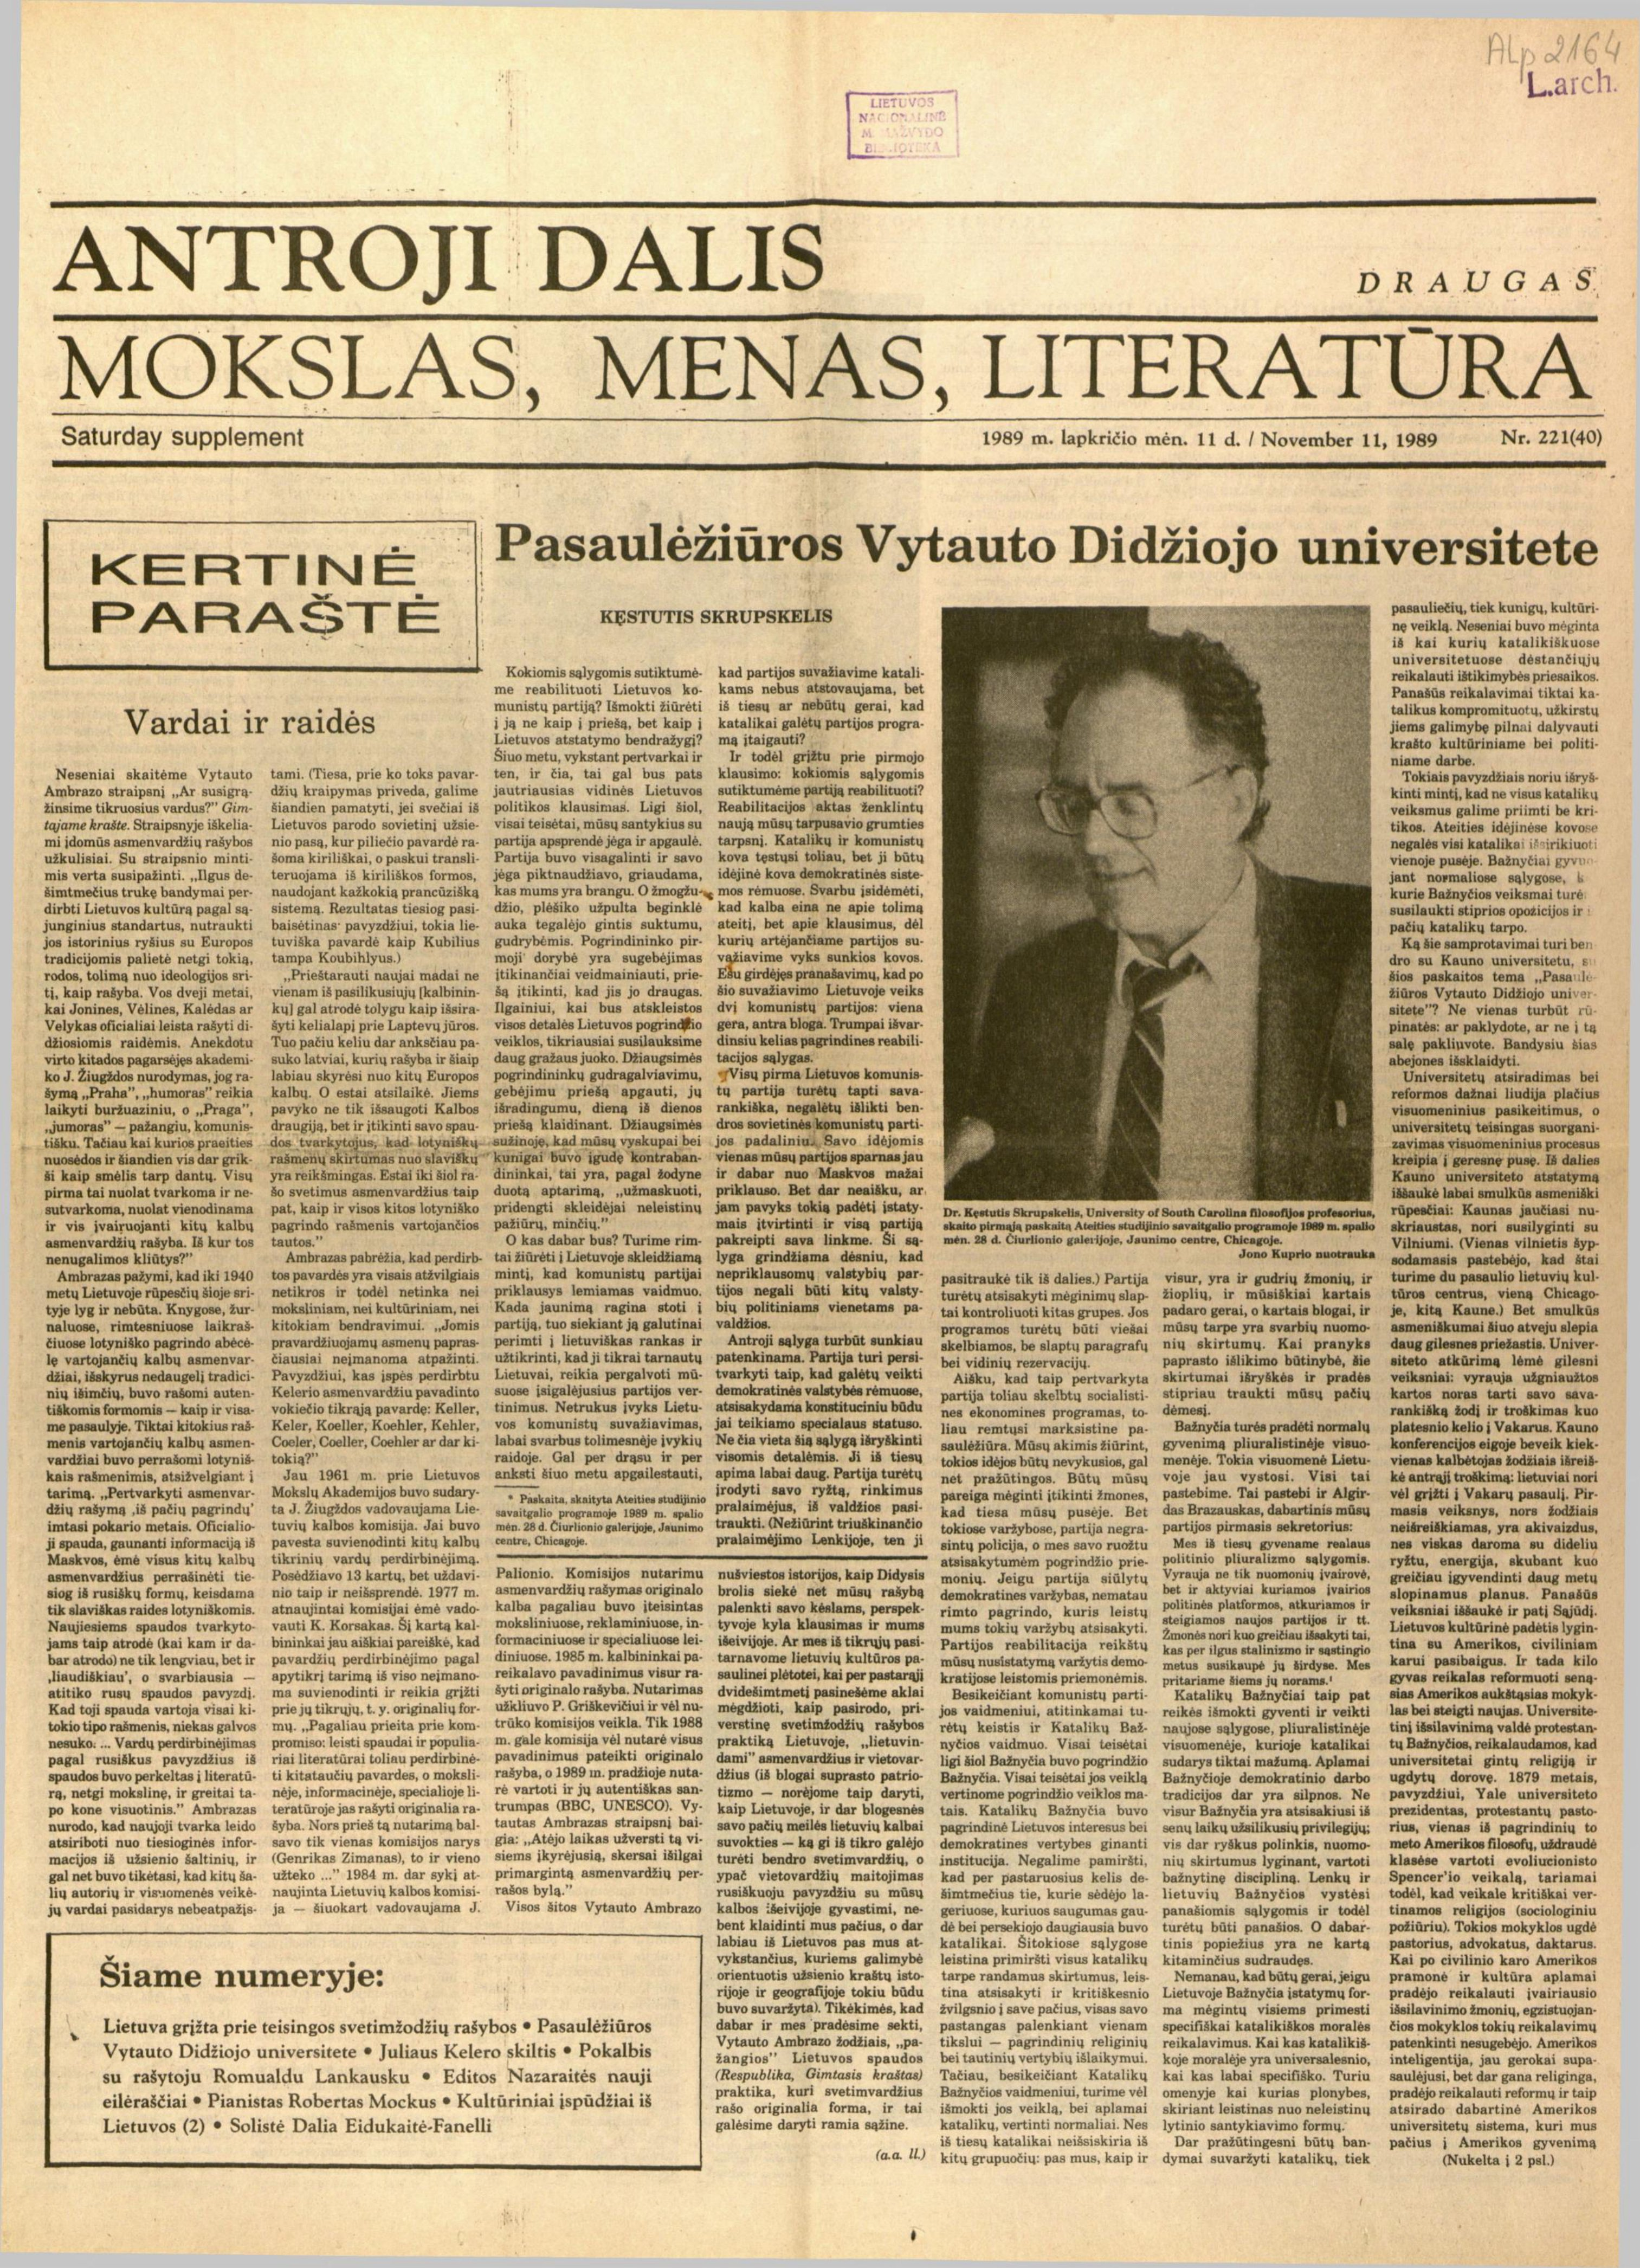
Language: lt